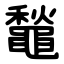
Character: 䵸